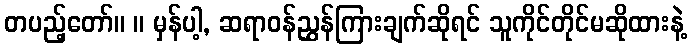
တပည့်တော်။ ။ မှန်ပါ့, ဆရာဝန်ညွှန်ကြားချက်ဆိုရင် သူကိုင်တိုင်မဆိုထားနဲ့